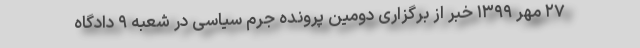
۲۷ مهر ۱۳۹۹ خبر از برگزاری دومین پرونده جرم سیاسی در شعبه ۹ دادگاه